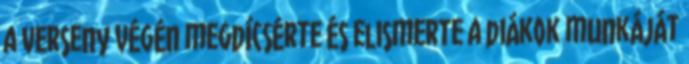
a verseny végén megdícsérte és elismerte a diákok munkáját